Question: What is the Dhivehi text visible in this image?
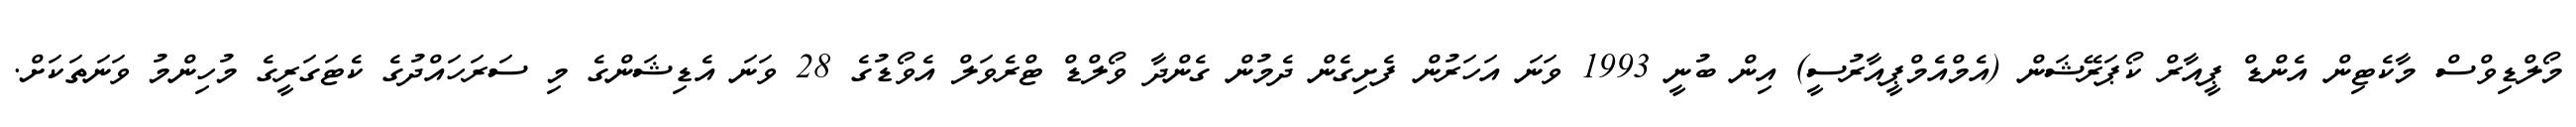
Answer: މޯލްޑިވްސް މާކެޓިން އެންޑް ޕީއާރް ކޯޕަރޭޝަން (އެމްއެމްޕީއާރުސީ) އިން ބުނީ 1993 ވަނަ އަހަރުން ފެށިގެން ދެމުން ގެންދާ ވޯލްޑް ޓްރެވަލް އެވޯޑުގެ 28 ވަނަ އެޑިޝަންގެ މި ސަރަހައްދުގެ ކެޓަގަރީގެ މުހިންމު ވަނަތަކަށް.